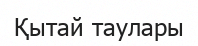
Қытай таулары